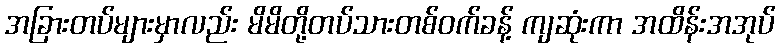
အခြားတပ်များမှာလည်း မိမိတို့တပ်သားတစ်ဝက်ခန့် ကျဆုံးကာ အထိန်းအအုပ်